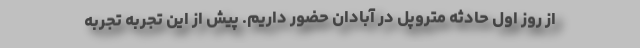
از روز اول حادثه متروپل در آبادان حضور داریم. پیش از این تجربه تجربه